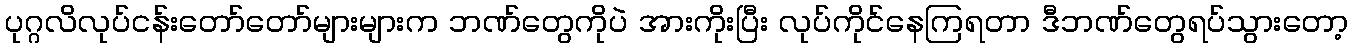
ပုဂ္ဂလိလုပ်ငန်းတော်တော်များများက ဘဏ်တွေကိုပဲ အားကိုးပြီး လုပ်ကိုင်နေကြရတာ ဒီဘဏ်တွေရပ်သွားတော့